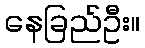
နေခြည်ဦး။